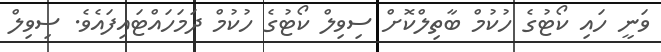
ވަނީ ހައި ކޯޓުގެ ހުކުމް ބާތިލްކޮށް ސިވިލް ކޯޓުގެ ހުކުމް ދަމަހައްޓައިފައެވެ. ސިވިލް